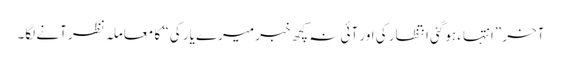
آخر ”انتہاء ہوگئی انتظار کی اور آئی نہ کچھ خبر میرے یار کی“ کا معاملہ نظر آنے لگا۔